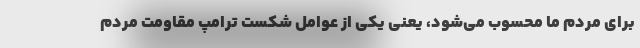
برای مردم ما محسوب می‌شود، یعنی یکی از عوامل شکست ترامپ مقاومت مردم